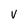
Character: V